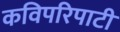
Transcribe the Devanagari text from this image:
कविपरिपाटी